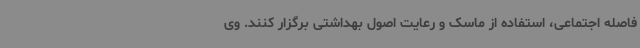
فاصله اجتماعی، استفاده از ماسک و رعایت اصول بهداشتی برگزار کنند. وی